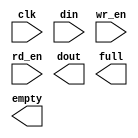
module fifo_256_512(
	clk,
	din,
	wr_en,
	rd_en,
	dout,
	full,
	empty);


input clk;
input [255 : 0] din;
input wr_en;
input rd_en;
output [255 : 0] dout;
output full;
output empty;

// synthesis translate_off

      FIFO_GENERATOR_V6_2 #(
		.C_COMMON_CLOCK(1),
		.C_COUNT_TYPE(0),
		.C_DATA_COUNT_WIDTH(10),
		.C_DEFAULT_VALUE("BlankString"),
		.C_DIN_WIDTH(256),
		.C_DOUT_RST_VAL("0"),
		.C_DOUT_WIDTH(256),
		.C_ENABLE_RLOCS(0),
		.C_ENABLE_RST_SYNC(1),
		.C_ERROR_INJECTION_TYPE(0),
		.C_FAMILY("virtex6"),
		.C_FULL_FLAGS_RST_VAL(0),
		.C_HAS_ALMOST_EMPTY(0),
		.C_HAS_ALMOST_FULL(0),
		.C_HAS_BACKUP(0),
		.C_HAS_DATA_COUNT(0),
		.C_HAS_INT_CLK(0),
		.C_HAS_MEMINIT_FILE(0),
		.C_HAS_OVERFLOW(0),
		.C_HAS_RD_DATA_COUNT(0),
		.C_HAS_RD_RST(0),
		.C_HAS_RST(0),
		.C_HAS_SRST(0),
		.C_HAS_UNDERFLOW(0),
		.C_HAS_VALID(0),
		.C_HAS_WR_ACK(0),
		.C_HAS_WR_DATA_COUNT(0),
		.C_HAS_WR_RST(0),
		.C_IMPLEMENTATION_TYPE(0),
		.C_INIT_WR_PNTR_VAL(0),
		.C_MEMORY_TYPE(1),
		.C_MIF_FILE_NAME("BlankString"),
		.C_MSGON_VAL(1),
		.C_OPTIMIZATION_MODE(0),
		.C_OVERFLOW_LOW(0),
		.C_PRELOAD_LATENCY(0),
		.C_PRELOAD_REGS(1),
		.C_PRIM_FIFO_TYPE("512x72"),
		.C_PROG_EMPTY_THRESH_ASSERT_VAL(4),
		.C_PROG_EMPTY_THRESH_NEGATE_VAL(5),
		.C_PROG_EMPTY_TYPE(0),
		.C_PROG_FULL_THRESH_ASSERT_VAL(511),
		.C_PROG_FULL_THRESH_NEGATE_VAL(510),
		.C_PROG_FULL_TYPE(0),
		.C_RD_DATA_COUNT_WIDTH(10),
		.C_RD_DEPTH(512),
		.C_RD_FREQ(1),
		.C_RD_PNTR_WIDTH(9),
		.C_UNDERFLOW_LOW(0),
		.C_USE_DOUT_RST(0),
		.C_USE_ECC(0),
		.C_USE_EMBEDDED_REG(0),
		.C_USE_FIFO16_FLAGS(0),
		.C_USE_FWFT_DATA_COUNT(1),
		.C_VALID_LOW(0),
		.C_WR_ACK_LOW(0),
		.C_WR_DATA_COUNT_WIDTH(10),
		.C_WR_DEPTH(512),
		.C_WR_FREQ(1),
		.C_WR_PNTR_WIDTH(9),
		.C_WR_RESPONSE_LATENCY(1))
	inst (
		.CLK(clk),
		.DIN(din),
		.WR_EN(wr_en),
		.RD_EN(rd_en),
		.DOUT(dout),
		.FULL(full),
		.EMPTY(empty),
		.BACKUP(),
		.BACKUP_MARKER(),
		.RST(),
		.SRST(),
		.WR_CLK(),
		.WR_RST(),
		.RD_CLK(),
		.RD_RST(),
		.PROG_EMPTY_THRESH(),
		.PROG_EMPTY_THRESH_ASSERT(),
		.PROG_EMPTY_THRESH_NEGATE(),
		.PROG_FULL_THRESH(),
		.PROG_FULL_THRESH_ASSERT(),
		.PROG_FULL_THRESH_NEGATE(),
		.INT_CLK(),
		.INJECTDBITERR(),
		.INJECTSBITERR(),
		.ALMOST_FULL(),
		.WR_ACK(),
		.OVERFLOW(),
		.ALMOST_EMPTY(),
		.VALID(),
		.UNDERFLOW(),
		.DATA_COUNT(),
		.RD_DATA_COUNT(),
		.WR_DATA_COUNT(),
		.PROG_FULL(),
		.PROG_EMPTY(),
		.SBITERR(),
		.DBITERR());


// synthesis translate_on

endmodule